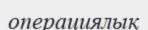
операциялық